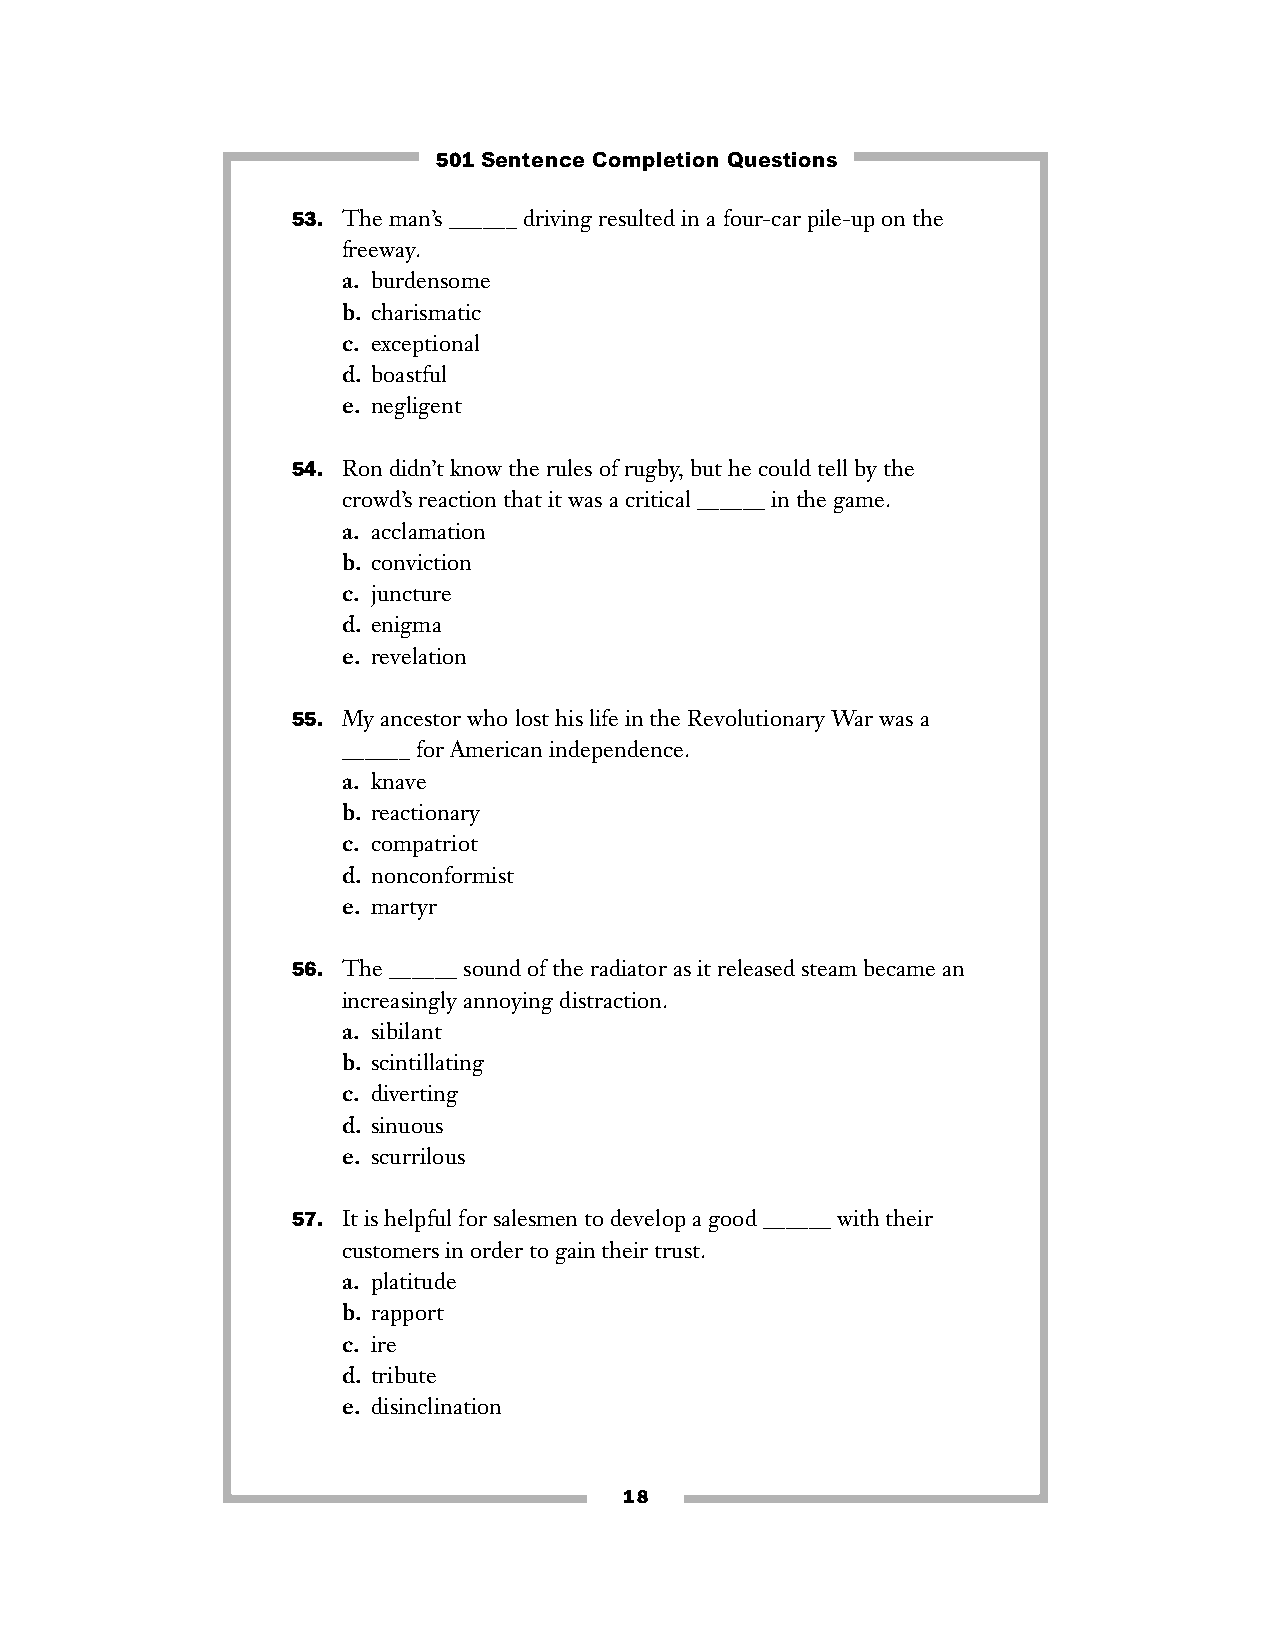
501 Sentence Completion Questions
 53. The man’s ______ driving resulted in a four-car pile-up on the
 freeway.
 a. burdensome
 b. charismatic
 c. exceptional
 d. boastful
 e. negligent
 54. Ron didn’t know the rules of rugby, but he could tell by the
 crowd’s reaction that it was a critical ______ in the game.
 a. acclamation
 b. conviction
 c. juncture
 d. enigma
 e. revelation
 55. My ancestor who lost his life in the Revolutionary War was a
 ______ for American independence.
 a. knave
 b. reactionary
 c. compatriot
 d. nonconformist
 e. martyr
 56. The ______ sound of the radiator as it released steam became an
 increasingly annoying distraction.
 a. sibilant
 b. scintillating
 c. diverting
 d. sinuous
 e. scurrilous
 57. It is helpful for salesmen to develop a good ______ with their
 customers in order to gain their trust.
 a. platitude
 b. rapport
 c. ire
 d. tribute
 e. disinclination
 18